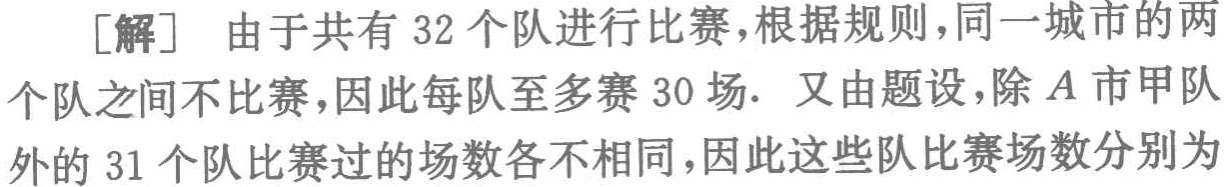
[解] 由于共有 $32$ 个队进行比赛，根据规则，同一城市的两个队之间不比赛，因此每队至多赛 $30$ 场. 又由题设，除 $A$ 市甲队外的 $31$ 个队比赛过的场数各不相同，因此这些队比赛场数分别为